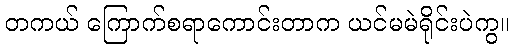
တကယ် ကြောက်စရာကောင်းတာက ယင်မမဲရိုင်းပဲကွ။